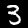
Digit: 3